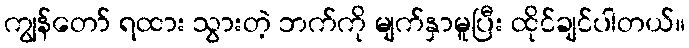
ကျွန်တော် ရထား သွားတဲ့ ဘက်ကို မျက်နှာမူပြီး ထိုင်ချင်ပါတယ်။